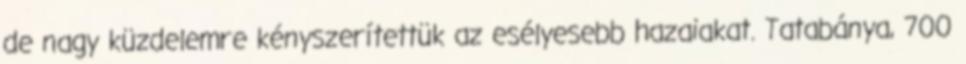
de nagy küzdelemre kényszerítettük az esélyesebb hazaiakat. Tatabánya, 700